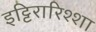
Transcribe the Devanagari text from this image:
इट्टिरारिश्शा